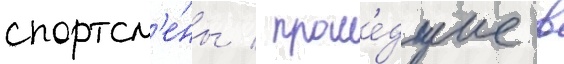
спортсм'е́ны / проше́дшие в